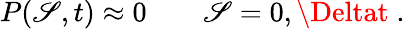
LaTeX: P(\mathscr{S},t)\approx0\qquad\mathscr{S}=0,{\Deltat}\; .